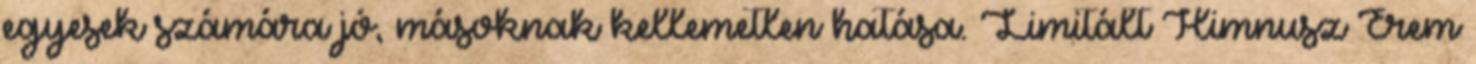
egyesek számára jó, másoknak kellemetlen hatása. Limitált Himnusz Érem